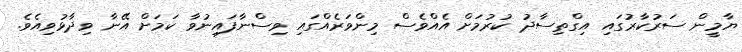
ޔާމީން ސަރުކާރުގައި އިގްތިސާދު ކުރުމަށް އެއްވެސް މިންވަރެއްގައި ވިސްނާފައިނުވާ ކަމަށް އޭނާ ވިދާޅުވިއެވެ.